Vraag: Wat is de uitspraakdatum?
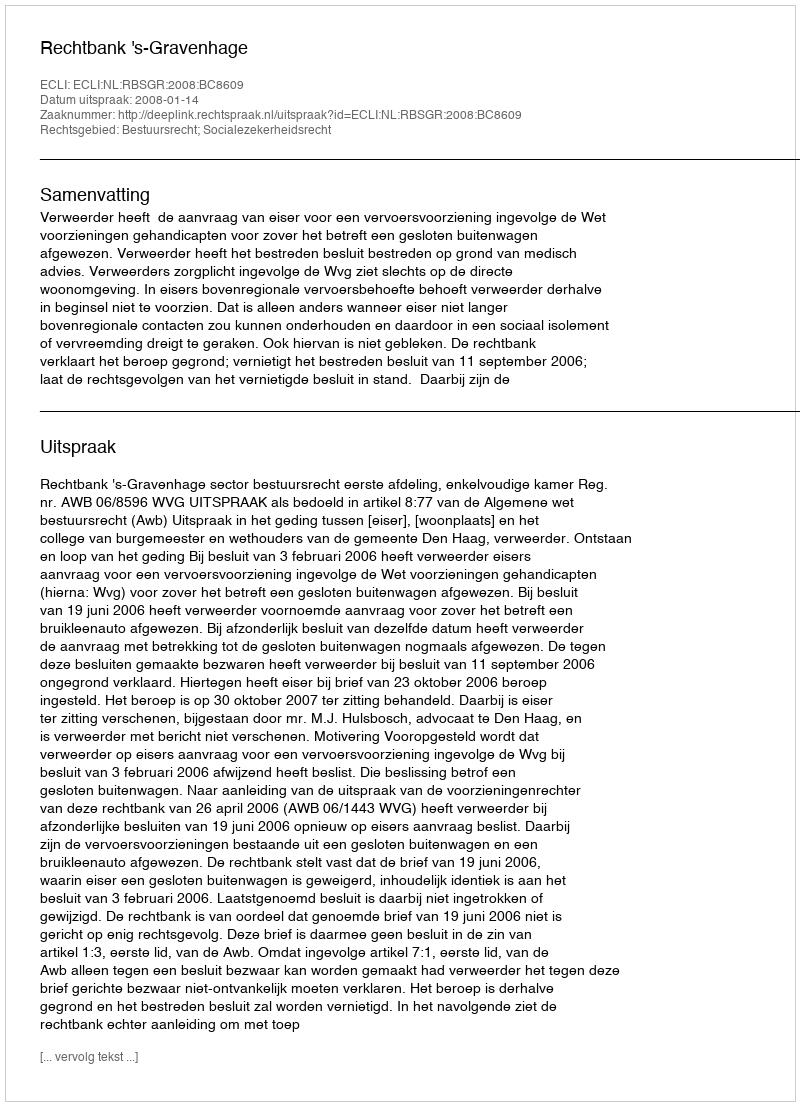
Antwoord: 2008-01-14